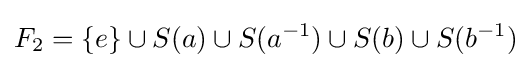
F_{2}=\{e\}\cup S(a)\cup S(a^{-1})\cup S(b)\cup S(b^{-1})